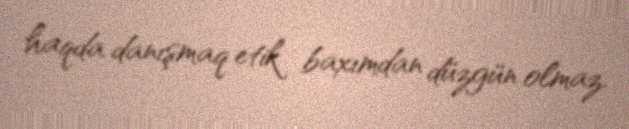
haqda danışmaq etik baxımdan düzgün olmaz.